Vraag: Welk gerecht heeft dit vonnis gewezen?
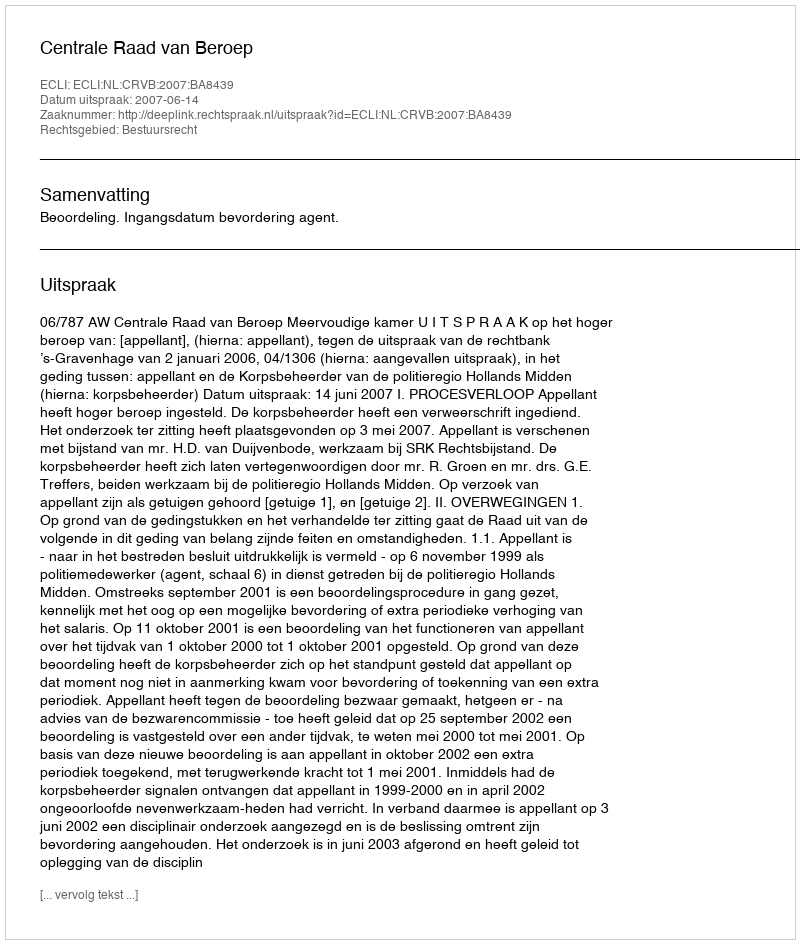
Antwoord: Centrale Raad van Beroep